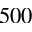
5 0 0